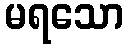
မရသော